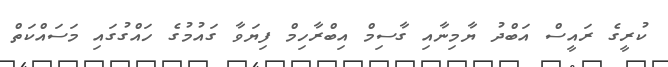
ކުރީގެ ރައީސް އަބްދު ޔާމިނާއި ގާސިމް އިބްރާހިމް ފިޔަވާ ގައުމުގެ ހައްގުގައި މަސައްކަތް